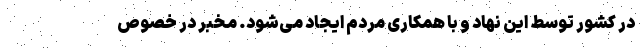
در کشور توسط این نهاد و با همکاری مردم ایجاد می‌شود. مخبر در خصوص